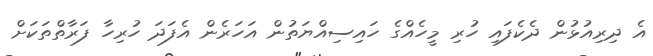
އެ ދިރިއުޅުން ދެކެފައި ހުރި މީހެއްގެ ހައިސިއްޔަތުން އަހަރެން އެފަދަ ހުރިހާ ފަރާތްތަކަށް